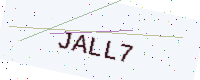
Text: JALL7